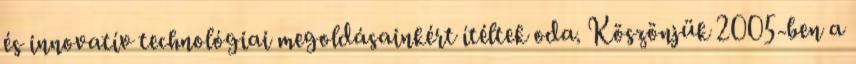
és innovatív technológiai megoldásainkért ítéltek oda. Köszönjük 2005-ben a